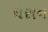
ધરાન